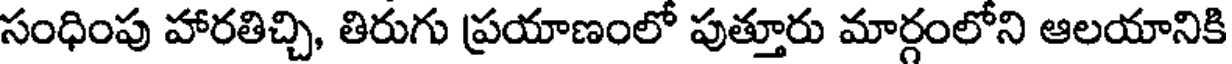
సంధింపు హారతిచ్చి, తిరుగు ప్రయాణంలో పుత్తూరు మార్గంలోని ఆలయానికి